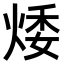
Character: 𤉦